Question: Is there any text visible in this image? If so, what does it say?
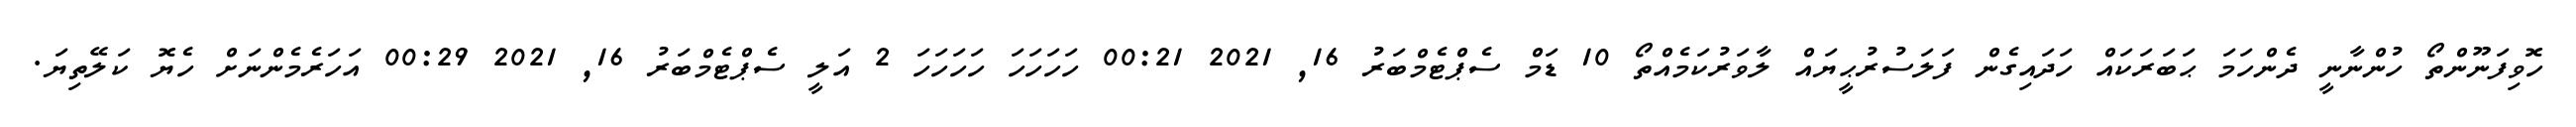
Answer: ހޮވިފަނޫންތޯ ހުންނާނީ ދެންހަމަ ޙަބަރަކައް ހަދައިގެން ފަލަސުރުޙީޔައް ލާވަރުކަމެއްތޯ 10 ޑަމް ސެޕްޓެމްބަރު 16, 2021 00:21 ހަހަހަހަ ހަހަހަހަ 2 އަލީ ސެޕްޓެމްބަރު 16, 2021 00:29 އަހަރެމެންނަށް ހެޔޮ ކަލޭތިޔަ.